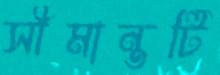
সীমান্তটি